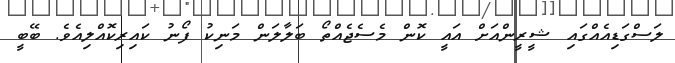
ލަސްގަޑިއެއްގައި ޝީރީންއަށް އައީ ކޮން މެސެޖެއްތޯ ބަލާލަން މަނިކު ފޯނު ކައިރިކޮއްލިއެވެ. ބޭބީ